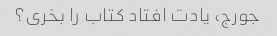
جورج، یادت افتاد کتاب را بخری؟